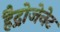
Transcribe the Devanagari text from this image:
हैद्रोजेनेट